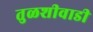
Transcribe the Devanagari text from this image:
तुळशीवाडी